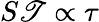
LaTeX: S\mathscr{T}\propto\tau